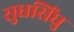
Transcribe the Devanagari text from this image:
सुधसिंधु